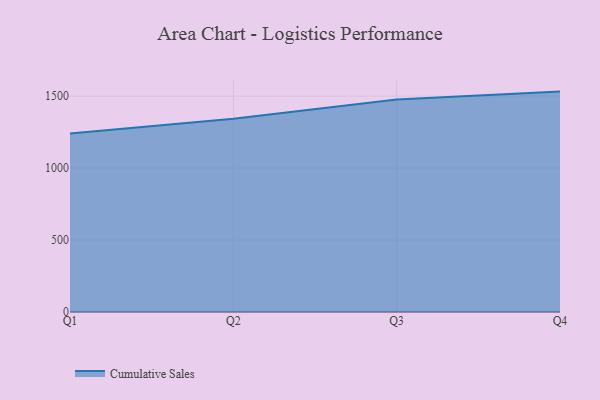
{"axis": {"x": "Quarter", "y": "Inventory Turnover"}, "legend": ["Cumulative Sales"], "data": [{"x": "Q1", "y": 1239.8, "type": "Cumulative Sales"}, {"x": "Q2", "y": 1342.5, "type": "Cumulative Sales"}, {"x": "Q3", "y": 1476.5, "type": "Cumulative Sales"}, {"x": "Q4", "y": 1531.4, "type": "Cumulative Sales"}]}